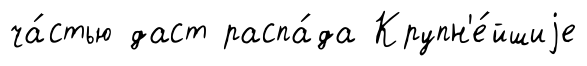
ча́стью даст распа́да Крупн'е́йшиjе